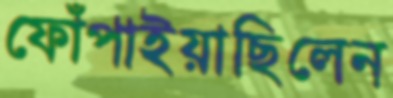
ফোঁপাইয়াছিলেন